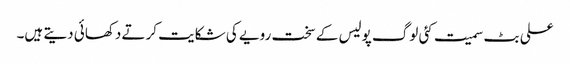
علی بٹ سمیت کئی لوگ پولیس کے سخت رویے کی شکایت کرتے دکھائی دیتے ہیں۔